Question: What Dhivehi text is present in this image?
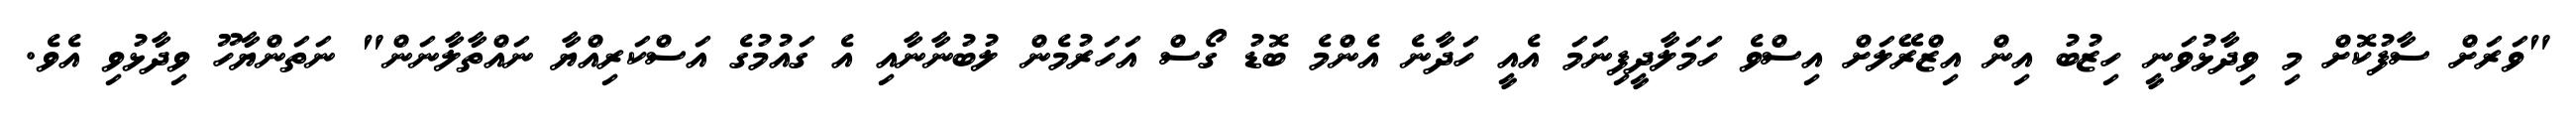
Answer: "ވަރަށް ސާފުކޮށް މި ވިދާޅުވަނީ ހިޒުބު އިން އިޒްރޭލަށް އިސްވެ ހަމަލާދީފިނަމަ އެއީ ހަދާނެ އެންމެ ބޮޑު ގޯސް އަހަރުމެން ލުބުނާނާއި އެ ގައުމުގެ އަސްކަރިއްޔާ ނައްތާލާނަން" ނަތަންޔާހޫ ވިދާޅުވި އެވެ.